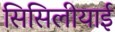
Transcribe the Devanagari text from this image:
सिसिलीयाई